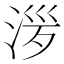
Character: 㳨